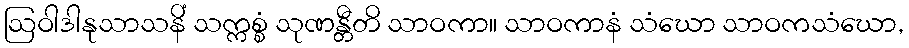
ဩဝါဒါနုသာသနိံ သက္ကစ္စံ သုဏန္တီတိ သာဝကာ။ သာဝကာနံ သံဃော သာဝကသံဃော,